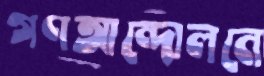
গণআন্দোলনে